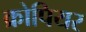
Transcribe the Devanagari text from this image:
क्रोपियर